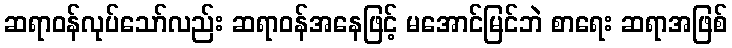
ဆရာဝန်လုပ်သော်လည်း ဆရာဝန်အနေဖြင့် မအောင်မြင်ဘဲ စာရေး ဆရာအဖြစ်